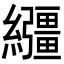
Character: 𦇤